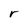
Character: r